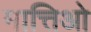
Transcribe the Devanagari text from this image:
मात्तिओ